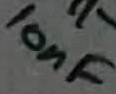
Text: 10nF